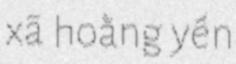
xã hoằng yến